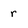
Character: r